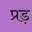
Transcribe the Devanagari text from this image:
प्रड़